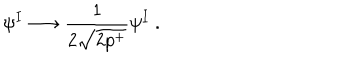
\psi ^ { I } \longrightarrow \frac { 1 } { 2 \sqrt { 2 p ^ { + } } } \psi ^ { I } ~ .